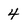
Character: 4